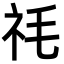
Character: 𮁠